system: You are a helpful assistant.
user:
Analyze the provided spectrum to determine if it is a **Carbon Star (C-type)**.

- **Key Visual Indicators of Carbon Star:**
    - **(Primary):** Strong molecular absorption from **C₂ (diatomic carbon) "Swan Bands."** This is the **defining feature** of a carbon star.
        - **(Key Bandheads):** Sharp absorption edges are visible at approximately $5635$ Å, $5165$ Å (the strongest band), and $4737$ Å.
        - **(Line Profile):** Creates a distinct **"saw-tooth"** pattern. The key morphology is a sharp, steep bandhead on the **red (long-wavelength) side**, which then gradually tapers off (i.e., flux recovers) towards the **blue (short-wavelength) side**. *(This is the direct opposite of the TiO bands seen in M-type stars)*.

    - **(Secondary):** Intense **CN (cyanogen)** molecular absorption bands.
        - **(Key Bandheads):** Located in the blue and violet regions of the spectrum (e.g., near $4215$ Å and $3883$ Å).
        - **(Morphology):** These bands are extremely broad and act as a "blanket," absorbing the vast majority of blue and violet light. This creates a characteristic **"cliff"** or **"steep drop-off"** in the spectrum's flux at short wavelengths.

    - **(Key Confirmation):** Strong **CH absorption band (G-band)**.
        - **(Key Bandhead):** Located around $4300$ Å. The contribution from CH molecules to this band is exceptionally strong.

    - **(Overall Spectrum):**
        - The continuum is severely "chopped up" by these deep molecular bands, especially C₂, rather than appearing as a smooth curve.
        - Due to the heavy CN and C₂ absorption in the blue-green, the vast majority of the star's flux is concentrated in the red part of the spectrum, giving the star its characteristic deep red color.

Think first, call **spectral_visualization_tool** if needed to examine features in detail, then provide your final answer. Your response must adhere to the following strict rules:
1.  **Overall Structure:** Your response must follow the format `<think>...</think> <tool_call>...</tool_call> (if a tool is used) <answer>...</answer>`.
2.  **Tool Usage Constraint:** You may only make **one** tool call per turn.
3.  **Final Answer Format:** In the `<answer>` tag, your conclusion must be inside a `\boxed{}` command (e.g., `\boxed{YES}`), followed by your justification.

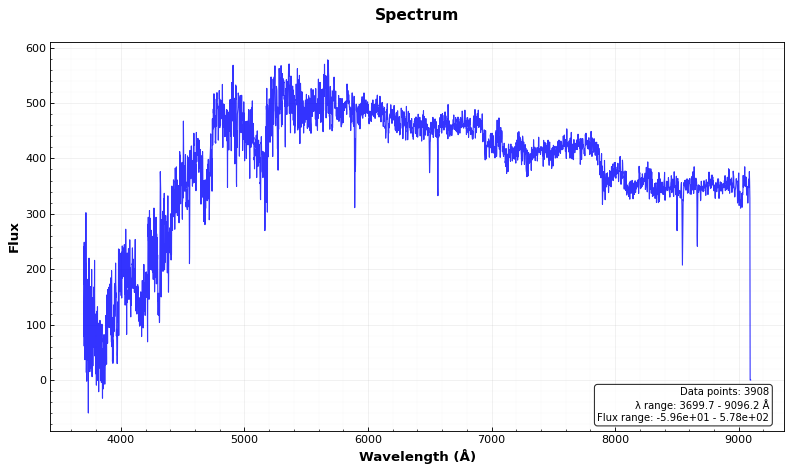
Answer: YES